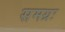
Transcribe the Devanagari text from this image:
समग्रः